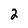
Character: 2